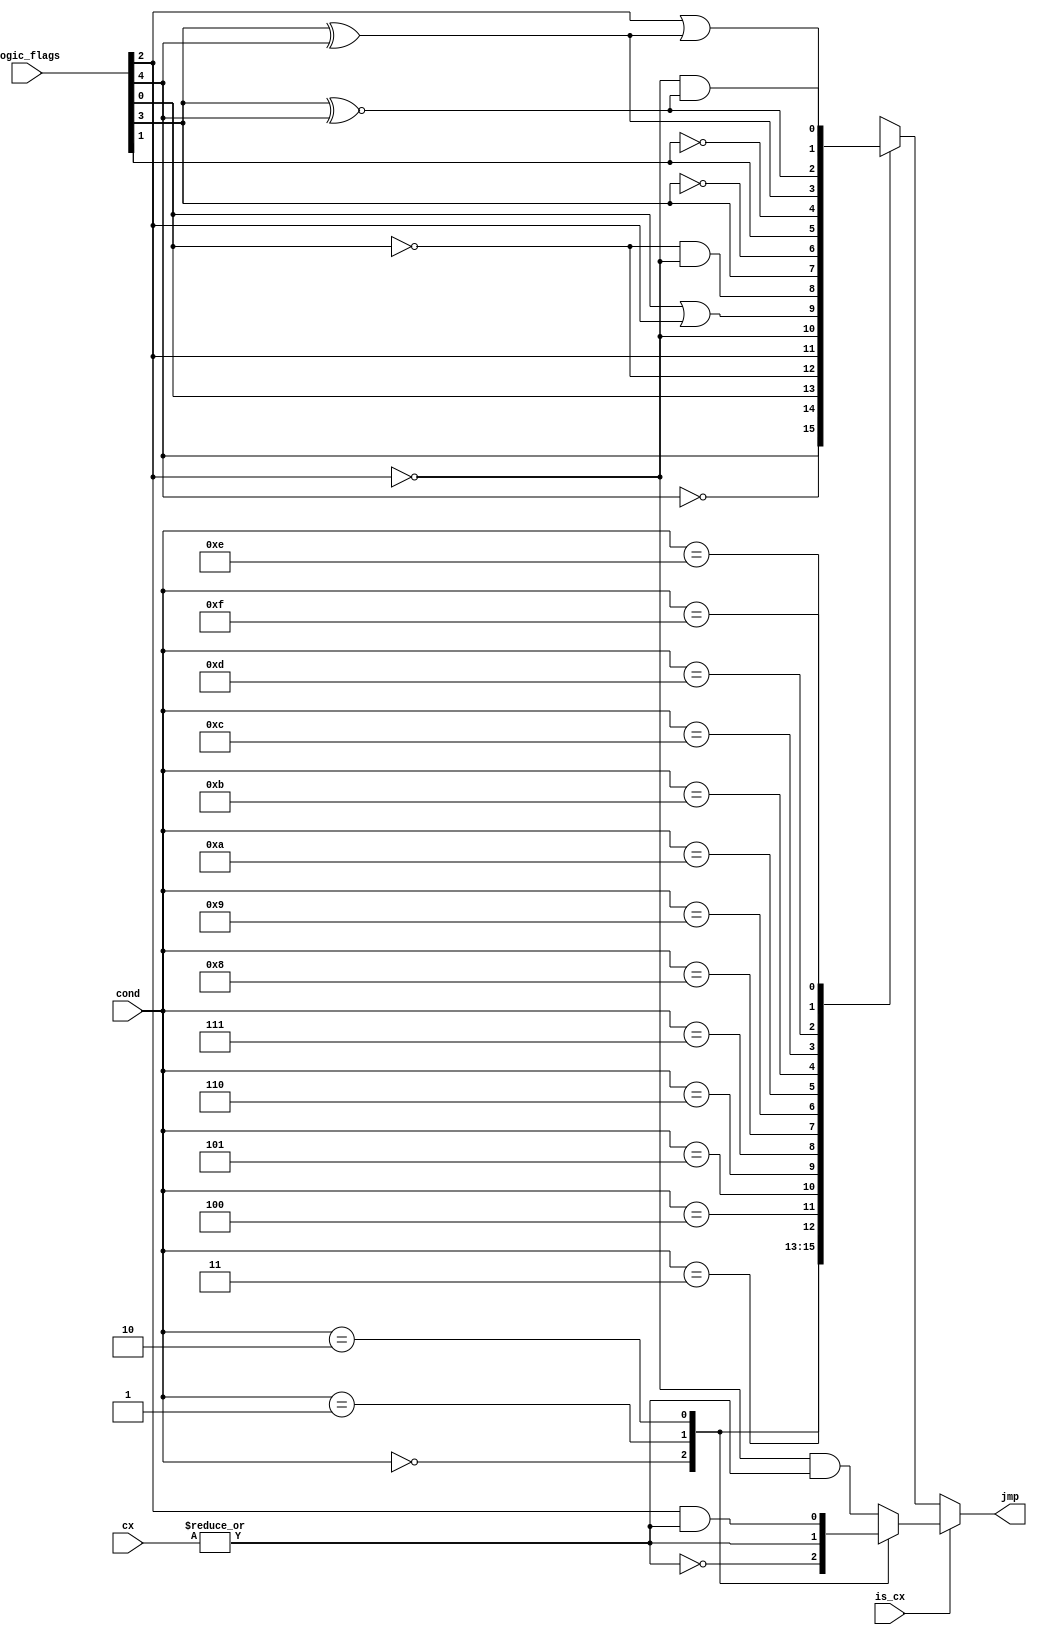
module jmp_cond (
    input [4:0]  logic_flags,
    input [3:0]  cond,
    input        is_cx,
    input [15:0] cx,
    output reg   jmp
  );

  // Net declarations
  wire of, sf, zf, pf, cf;
  wire cx_zero;

  // Assignments
  assign of = logic_flags[4];
  assign sf = logic_flags[3];
  assign zf = logic_flags[2];
  assign pf = logic_flags[1];
  assign cf = logic_flags[0];
  assign cx_zero = ~(|cx);

  // Behaviour
  always @(cond or is_cx or cx_zero or zf or of or cf or sf or pf)
    if (is_cx) case (cond)
        4'b0000: jmp <= cx_zero;         /* jcxz   */
        4'b0001: jmp <= ~cx_zero;        /* loop   */
        4'b0010: jmp <= zf & ~cx_zero;   /* loopz  */
        default: jmp <= ~zf & ~cx_zero; /* loopnz */
      endcase
    else case (cond)
      4'b0000: jmp <= of;
      4'b0001: jmp <= ~of;
      4'b0010: jmp <= cf;
      4'b0011: jmp <= ~cf;
      4'b0100: jmp <= zf;
      4'b0101: jmp <= ~zf;
      4'b0110: jmp <= cf | zf;
      4'b0111: jmp <= ~cf & ~zf;

      4'b1000: jmp <= sf;
      4'b1001: jmp <= ~sf;
      4'b1010: jmp <= pf;
      4'b1011: jmp <= ~pf;
      4'b1100: jmp <= (sf ^ of);
      4'b1101: jmp <= (sf ^~ of);
      4'b1110: jmp <= zf | (sf ^ of);
      4'b1111: jmp <= ~zf & (sf ^~ of);
    endcase
endmodule